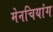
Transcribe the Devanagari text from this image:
मेनचियांग